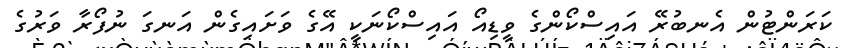
ކަރަންޓުން އެނބުރޭ އައިސްކޯންގެ ވީޑިއޯ އައިސްކޯނަކީ އޭގެ ވަށައިގެން އަނގަ ނުފޯރާ ވަރުގެ